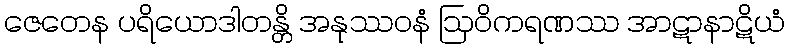
ဇေတေန ပရိယောဒါတန္တိ အနုဿဝနံ ဩဝိကရဏဿ အာဋာနာဋိယံ